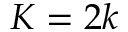
K = 2 k